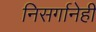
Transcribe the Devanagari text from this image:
निसर्गानेही